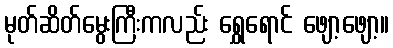
မုတ်ဆိတ်မွေးကြီးကလည်း ရွှေရောင် ဖျော့ဖျော့။